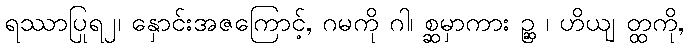
ရဿာပြုရ၂၊ နှောင်းအဇကြောင့်, ဂမကို ဂါ၊ စ္ဆမှာကား ဉ္ဆ ၊ ဟိယျ တ္ထကို,